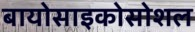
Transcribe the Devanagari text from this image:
बायोसाइकोसोशल